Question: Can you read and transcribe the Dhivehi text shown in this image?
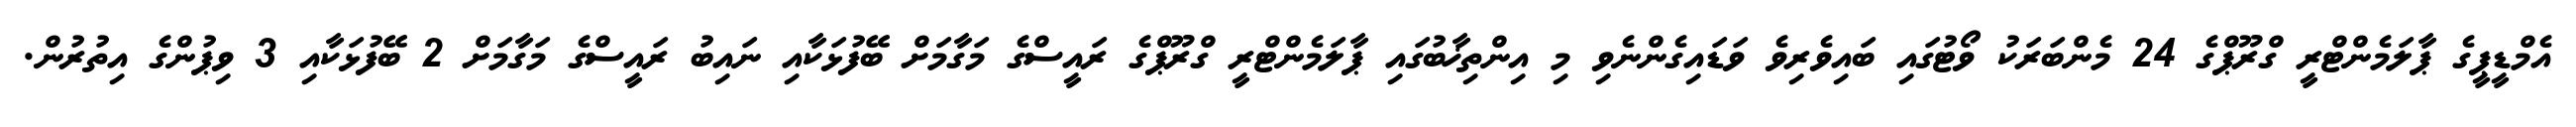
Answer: އެމްޑީޕީގެ ޕާލަމެންޓްރީ ގްރޫޕްގެ 24 މެންބަރަކު ވޯޓުގައި ބައިވެރިވެ ވަޑައިގެންނެވި މި އިންތިޚާބުގައި ޕާލަމެންޓްރީ ގްރޫޕްގެ ރައީސްގެ މަގާމަށް ބޭފުޅަކާއި ނައިބު ރައީސްގެ މަގާމަށް 2 ބޭފުޅަކާއި 3 ވިޕުންގެ އިތުރުން.